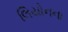
લિયોનના